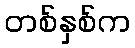
တစ်နှစ်က